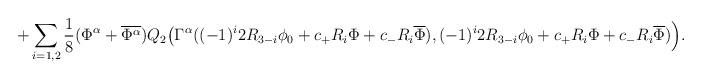
LaTeX: \begin{align*}+\sum_{i=1,2} \frac{1}{8}(\Phi^{\alpha} + \overline{\Phi^\alpha})Q_{2}\big(\Gamma^\alpha((-1)^{i}2R_{3-i} \phi_0 + c_{+}R_i\Phi + c_{-}R_i \overline{\Phi}),(-1)^{i}2R_{3-i} \phi_0 + c_{+} R_i\Phi + c_{-} R_i\overline{\Phi} ) \Big).\end{align*}